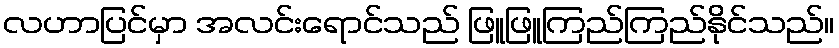
လဟာပြင်မှာ အလင်းရောင်သည် ဖြူဖြူကြည်ကြည်နိုင်သည်။